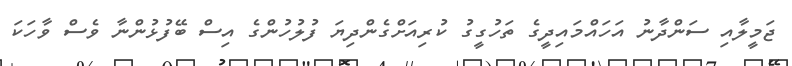
ޖަމީލާއި ސަންދާނު އަހައްމައިދީގެ ތަހުގީގު ކުރިއަށްގެންދިޔަ ފުލުހުންގެ އިސް ބޭފުޅުންނާ ވެސް ވާހަކަ